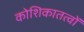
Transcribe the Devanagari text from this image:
कोशिकातत्वों